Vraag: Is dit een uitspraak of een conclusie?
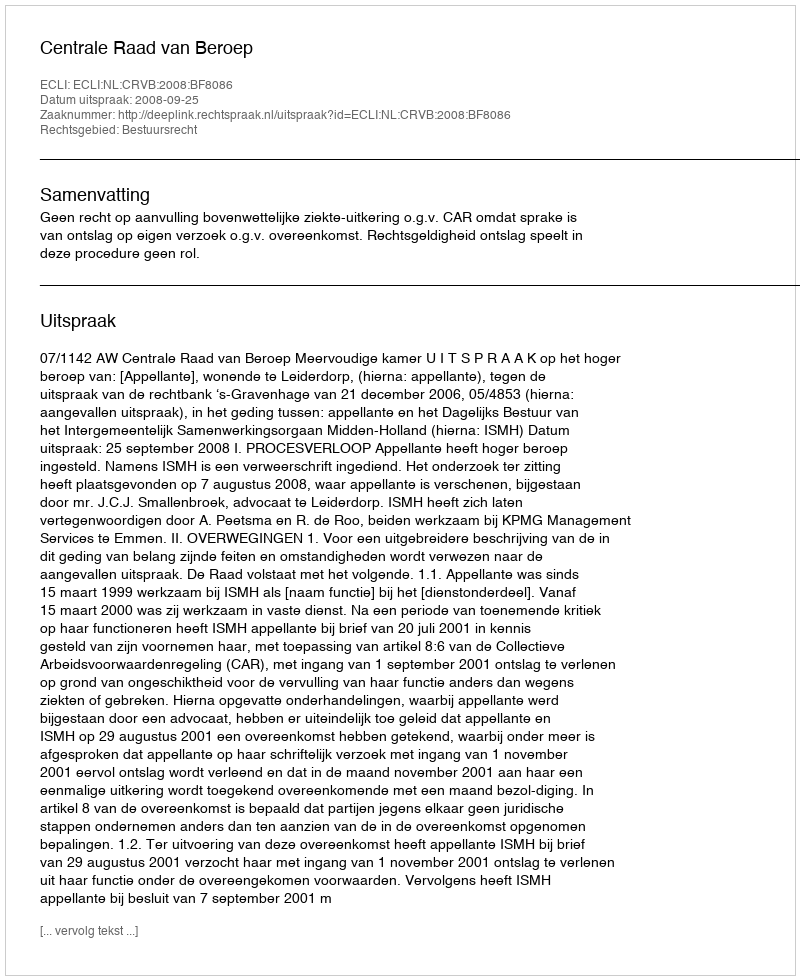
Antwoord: Uitspraak